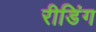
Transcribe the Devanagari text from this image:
रीडिंग